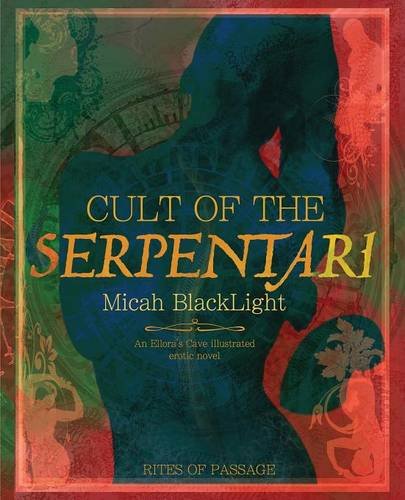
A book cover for Cult of The Serpentari; Micah BlackLight; Romance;